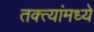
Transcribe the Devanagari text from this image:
तक्त्यांमध्ये